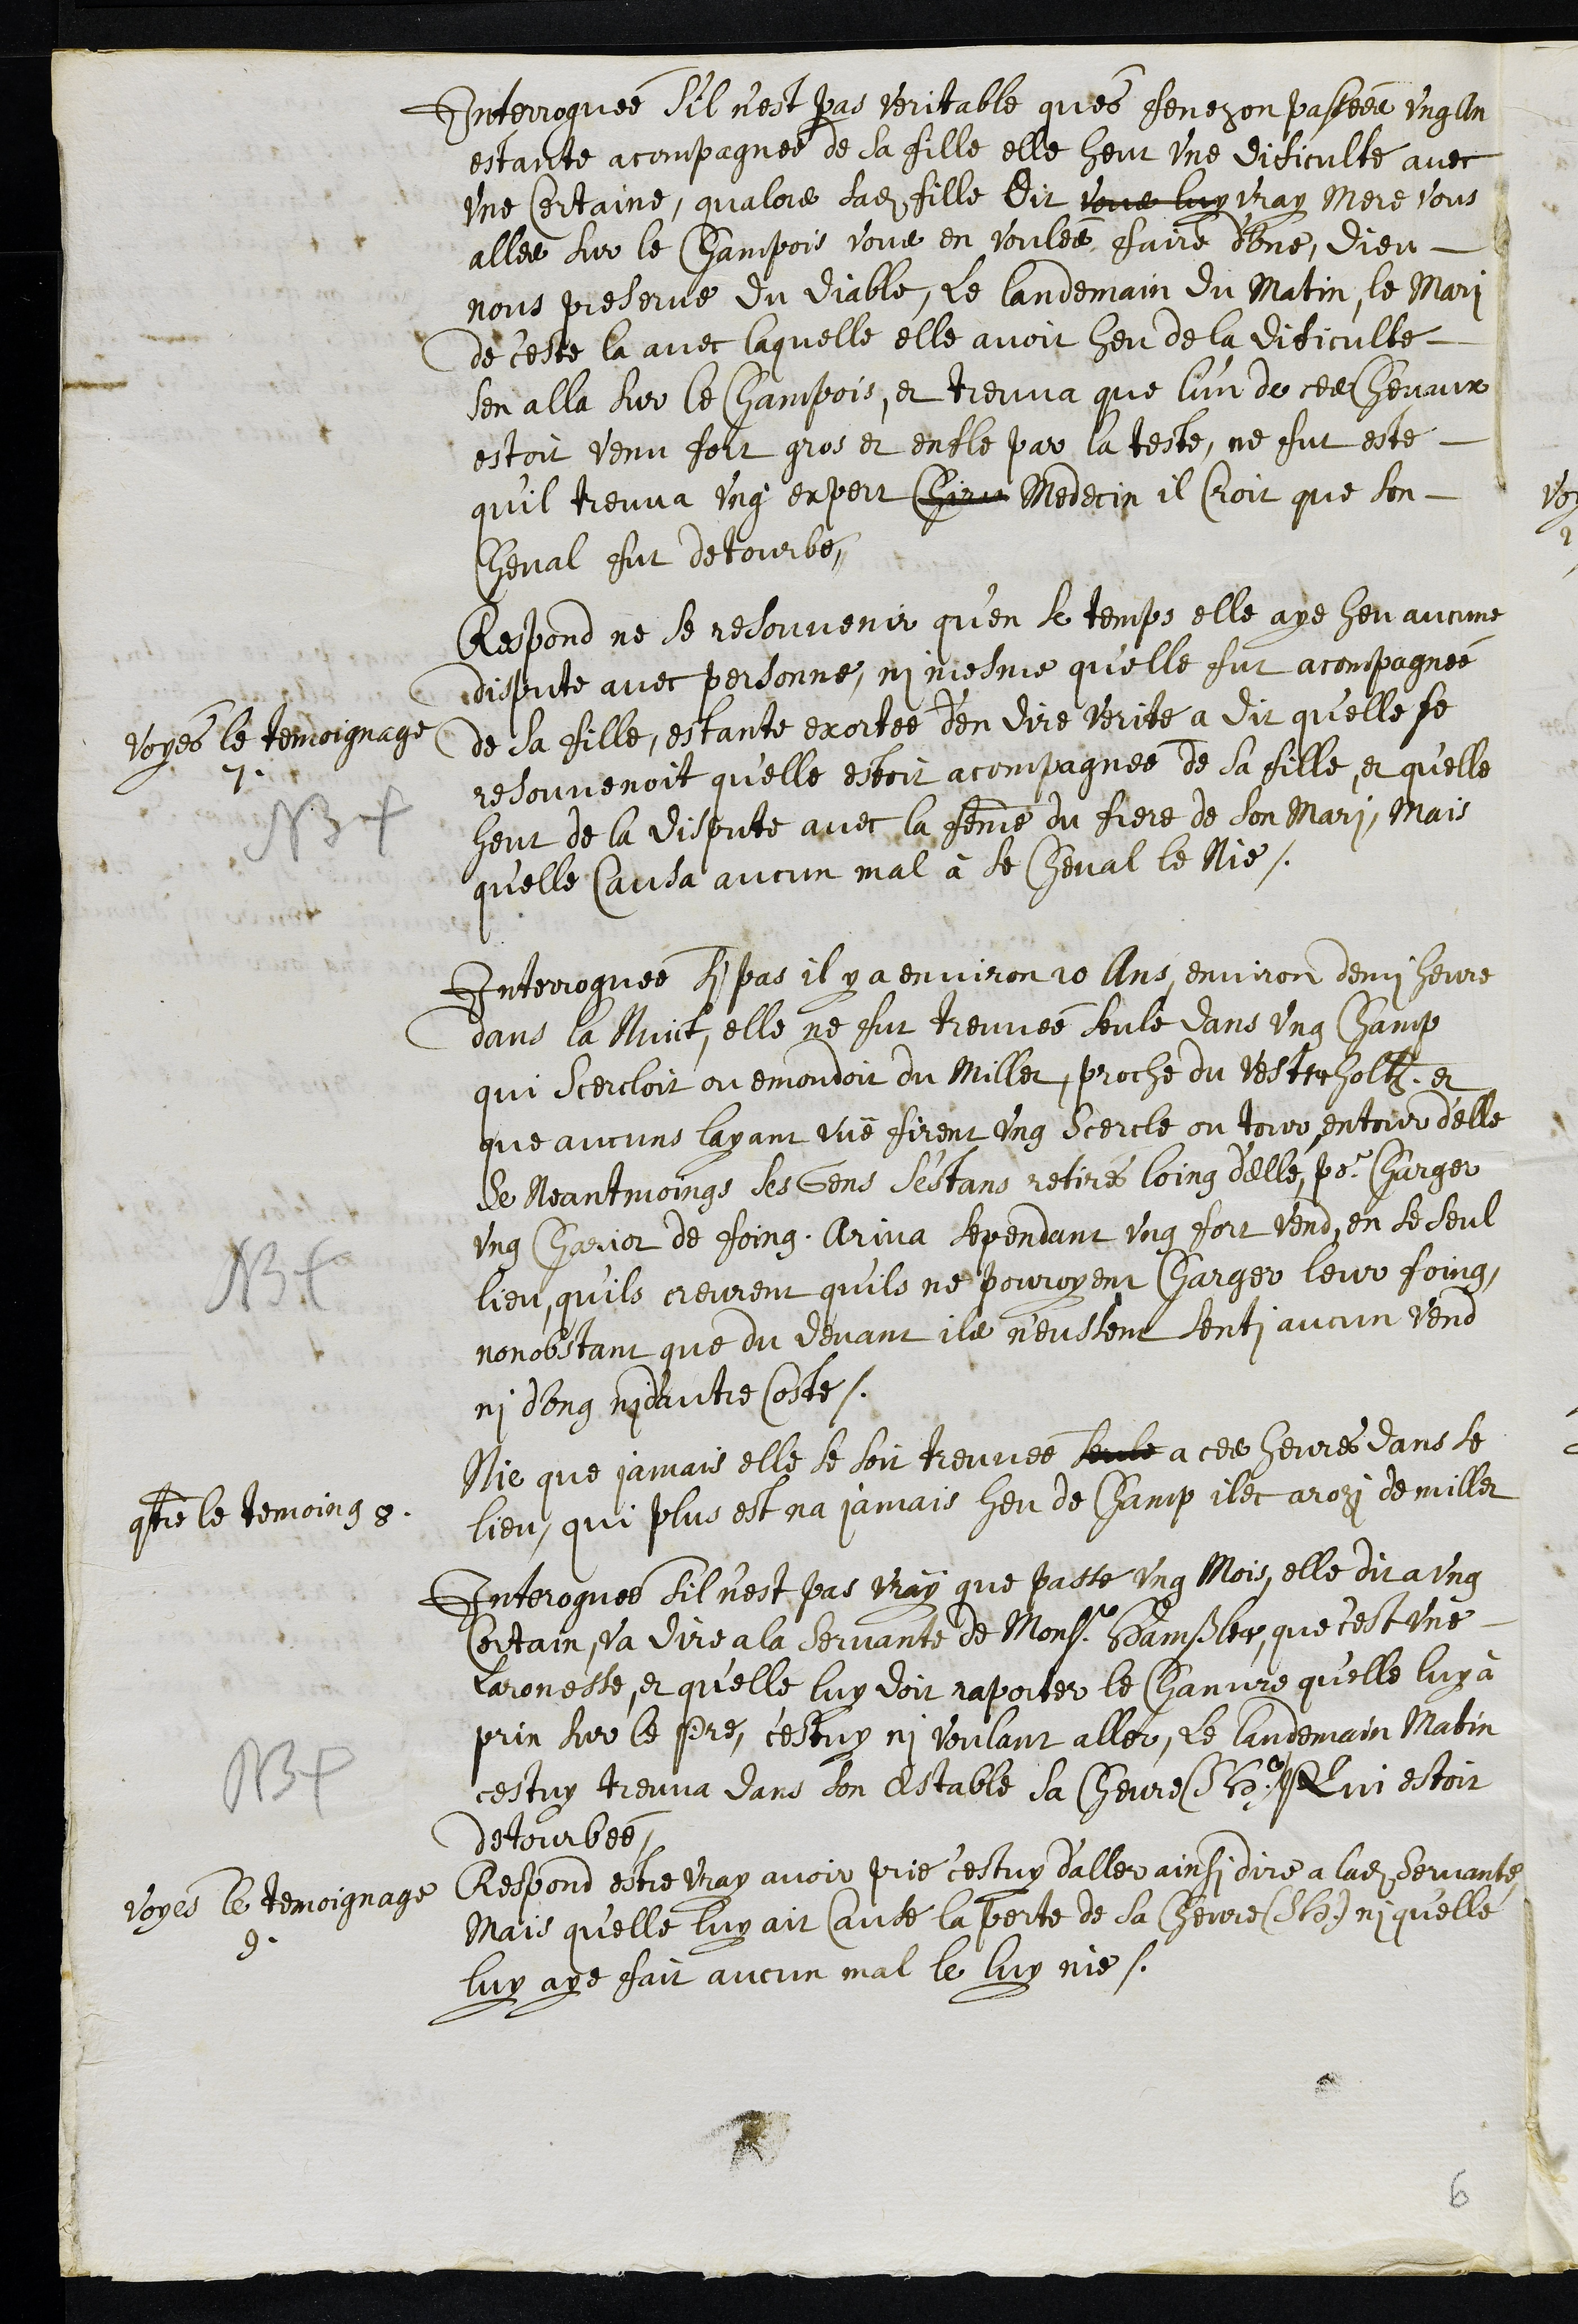
Interroguée s'il n’est pas veritable qu'es fenezon passées ung An
estante accompagnée de sa fille elle heut une dificulté avec
une Certaine, qualors sadite fille dit Vene luy vray Mere vous
alles sur le champois vous en voules faire d’une, Dieu
nous preserve du Diable, le landemain du matin, le mari
de c'este la avec laquelle elle avoit heu de la dificulté
sen alla sur le champois, et treuva que l’un de ces chevaux
estoit venu fort gros et enfle par la teste, ne fut esté
qu'il treuva ung expert chiru Medecin il Croit que son
cheval fut detourbé,
Voyes le temoignage
7
NB
Respond ne se resouvenir qu'en se temps elle aye heu aucune
dispute avec personne, ni mesme qu'elle fut accompagnée
de sa fille, estante exortée d’en dire verité a dit qu'elle se
resouvenoit qu'elle estoit accompagnée de sa fille, et qu'elle
heut de la dispute avec la femme du frere de son mari, Mais
qu'elle causa aucun mal à se cheval le Nie,
NB
Interroguée si pas il y a environ 20 Ans, environ demi heure
dans la Nuict, elle ne fut treuvée seule dans ung champ
qui scercloit ou emondoit du Millet, proche du Vesterholtz et
que aucuns layant vuë firent ung scercle ou tour entour d'elle
Se Neantmoings ses Gens s’estans retires loing d’elle, pour charger
u,ng charier de foing, Ariva sependant ung fort vend en se seul
lieu, qu'ils creurent qu'ils ne pouroyent charger leur foing,
nonobstant que du devant il n'eussent senti aucun vend
ni d'ung ni d'autre coste.
contre le temoing 8
Nie que jamais elle se soit treuvée seule a ces heures dans le
lieu, qui plus est na jamais heu de champ ilec arozi de millet
NB
Interroguée sil n’est pas vray que passé ung Mois, elle dit a ung
Certain, Va dire a la servante de Monsr Hamßler, que c'est une
laronesse, et qu'elle luy doit raporter le chanvre qu'elle luy à
prin sur le pre, c'estuy ni voulant aller, le landemain Matin
cestuy treuva dans son Estable sa Chevre (S. H.) Qui estoit
detourbée
Voyes le temoignage
9
Respond estre vray avoir prié cestuy d'aller ainsi dire a ladite Servante,
Mais qu'elle luy ait ait causé la perte de sa chevre (S. H.) ni qu'elle
luy aye fait aucun mal le luy nie.
6